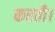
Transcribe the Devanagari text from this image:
करतौ।